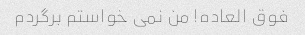
فوق العاده! من نمی خواستم برگردم